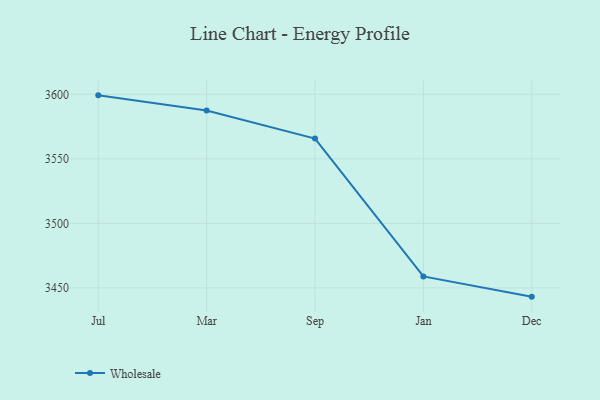
{"axis": {"x": "Month", "y": "Backlog"}, "legend": ["Wholesale"], "data": [{"x": "Jul", "y": 3599.2, "type": "Wholesale"}, {"x": "Mar", "y": 3587.4, "type": "Wholesale"}, {"x": "Sep", "y": 3565.7, "type": "Wholesale"}, {"x": "Jan", "y": 3458.9, "type": "Wholesale"}, {"x": "Dec", "y": 3443.2, "type": "Wholesale"}]}